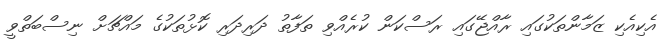
އެކިއެކި ޒަމާންތަކުގައި ރާއްޖޭގައި ރަސްކަން ކުރެއްވި ތަފާތު ދަރިދަރި ކޮޅުތަކުގެ މައްޗަށް ނިސްބަތްވީ